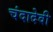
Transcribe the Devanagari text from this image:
चंदादेवी